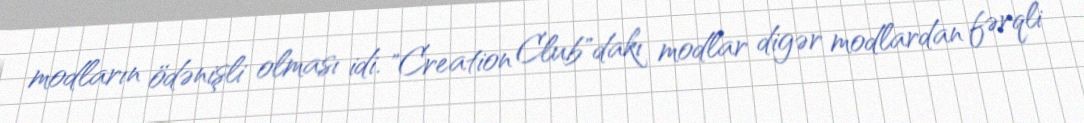
modların ödənişli olması idi. "Creation Club"dakı modlar digər modlardan fərqli